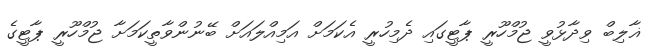
ޣާލިބް ވިދާޅުވީ ޖުމްހޫރީ ޕާޓީގައި ދެމިހުރީ އެކަމަށް އަމިއްލައަށް ބޭނުންވާތީކަމަށާ ޖުމްހޫރީ ޕާޓީގެ